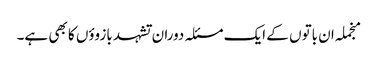
منجملہ ان باتوں کے ایک مسئلہ دوران تشہد بازوؤں کا بھی ہے۔